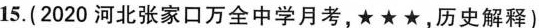
15.(2020河北张家口万全中学月考，★★★，历史解释)